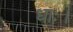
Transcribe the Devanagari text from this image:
धाः।